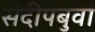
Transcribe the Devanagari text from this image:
संदीपबुवा